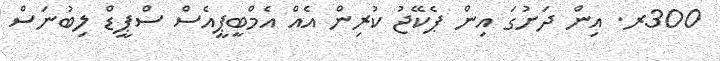
300ރ. އިން ދަށުގަ އިން ޕެކޭޖު ކުރިން އެއް އެމްބީޕީއެސް ސްޕީޑް ލިބުނަސް